Indian journal of veterinary science and animal husbandry - Volume 5,
Year: 1935
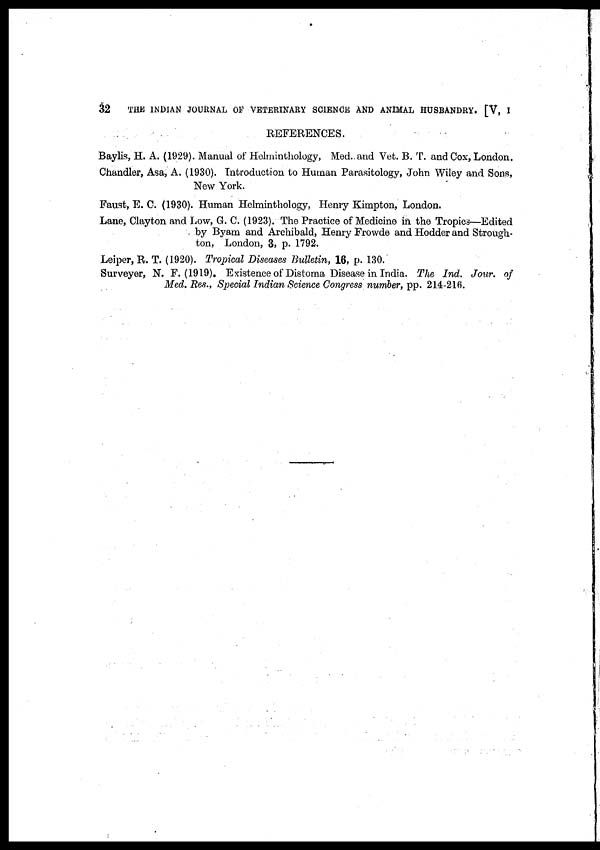
32
THE INDIAN JOURNAL OF VETERINARY SCIENCE AND ANIMAL HUSBANDRY. [V, I
REFERENCES.
Baylis, H. A. (1929). Manual of Helminthology, Med., and Vet. B. T. and Cox, London.
Chandler, Asa, A. (1930). Introduction to Human Parasitology, John Wiley and Sons,
New York.
Faust, E. C. (1930). Human Helminthology, Henry Kimpton, London.
Lane, Clayton and Low, G. C. (1923). The Practice of Medicine in the Tropics—Edited
by Byam and Archibald, Henry Frowde and Hodder and Strough-
ton, London, 3, p. 1792.
Leiper, R. T. (1920). Tropical Diseases Bulletin, 16, p. 130.
Surveyer, N. F. (1919). Existence of Distoma Disease in India. The Ind. Jour. of
Med. Res., Special Indian Science Congress number, pp. 214-216.